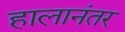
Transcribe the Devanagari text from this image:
हालानंतर